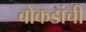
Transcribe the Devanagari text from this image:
बोकडांची